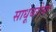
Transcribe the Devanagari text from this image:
साधूंबरोबर